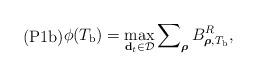
LaTeX: \begin{align*}\textrm{(P1b)}\begin{aligned}\phi ({T_{\textrm{b}}})= \max_{ \mathbf{d}_{t} \in \mathcal{D} }& \sum\nolimits_{\boldsymbol{\rho}} B^R_{\boldsymbol{\rho},T_{\textrm{b}}} ,\end{aligned}\end{align*}